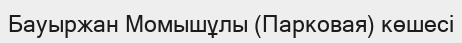
Бауыржан Момышұлы (Парковая) көшесі